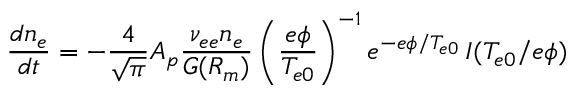
\frac { d n _ { e } } { d t } = - \frac { 4 } { \sqrt { \pi } } A _ { p } \frac { \nu _ { e e } n _ { e } } { G ( \ensuremath { R _ { m } } ) } \left( \frac { e \phi } { T _ { e 0 } } \right) ^ { - 1 } e ^ { - e \phi / T _ { e 0 } } \, I ( T _ { e 0 } / e \phi )